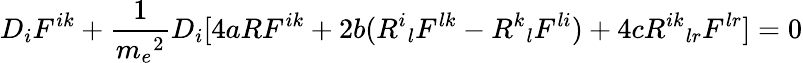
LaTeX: D_{i}F^{ik}+\frac{1}{{m_{e}}^{2}}D_{i}[4aRF^{ik}+2b({R^{i}}_{l}F^{lk}-{R^{k}}_{l}F^{li})+4c{R^{ik}}_{lr}F^{lr}]=0